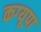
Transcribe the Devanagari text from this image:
कग्‍यूपा